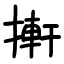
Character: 搟